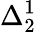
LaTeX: \Delta_{2}^{1}